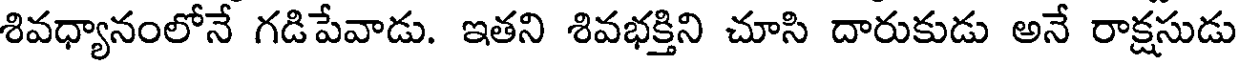
శివధ్యానంలోనే గడిపేవాడు. ఇతని శివభక్తిని చూసి దారుకుడు అనే రాక్షసుడు